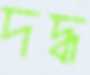
দদ্ধ